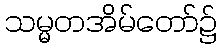
သမ္မတအိမ်တော်၌